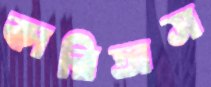
কারিতাস